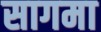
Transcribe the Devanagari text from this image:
सागमा